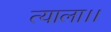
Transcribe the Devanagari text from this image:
त्याला।।